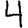
Digit: 4